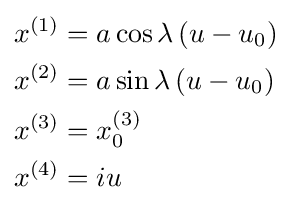
\scriptstyle {\begin{aligned}x^{(1)}&=a\cos \lambda \left(u-u_{0}\right)\\x^{(2)}&=a\sin \lambda \left(u-u_{0}\right)\\x^{(3)}&=x_{0}^{(3)}\\x^{(4)}&=iu\end{aligned}}